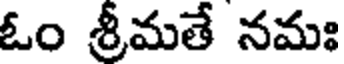
ఓం శ్రీమతే నమః